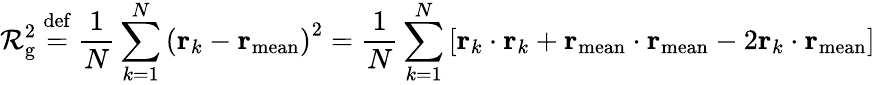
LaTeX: \mathcal{R}_{\mathrm{{g}}}^{2}\ {\stackrel{\mathrm{{def}}}{=}}\ {\frac{{1}}{{N}}}\sum_{k=1}^{N}\left(\mathbf{{r}}_{k}-\mathbf{{r}}_{\mathrm{{mean}}}\right)^{2}={\frac{{1}}{{N}}}\sum_{k=1}^{N}\left[\mathbf{{r}}_{k}\cdot\mathbf{{r}}_{k}+\mathbf{{r}}_{\mathrm{{mean}}}\cdot\mathbf{{r}}_{\mathrm{{mean}}}-2\mathbf{{r}}_{k}\cdot\mathbf{{r}}_{\mathrm{{mean}}}\right]